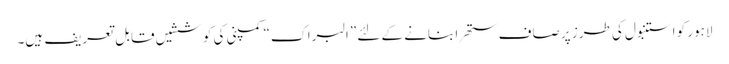
لاہور کو استنبول کی طرز پر صاف ستھرا بنانے کے لئے ”البراک“ کمپنی کی کوششیں قابل تعریف ہیں۔